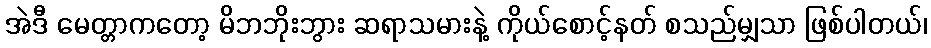
အဲဒီ မေတ္တာကတော့ မိဘဘိုးဘွား ဆရာသမားနဲ့ ကိုယ်စောင့်နတ် စသည်မျှသာ ဖြစ်ပါတယ်၊